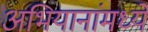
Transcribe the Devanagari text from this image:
अभियानांमध्ये